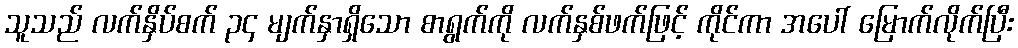
သူသည် လက်နှိပ်စက် ၃၄ မျက်နှာရှိသော စာရွက်ကို လက်နှစ်ဖက်ဖြင့် ကိုင်ကာ အပေါ် မြောက်လိုက်ပြီး